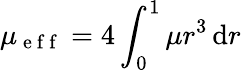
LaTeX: \mu_{\mathrm{~e~f~f~}}=4\int_{0}^{1}\mu r^{3}\, \mathrm{d}r